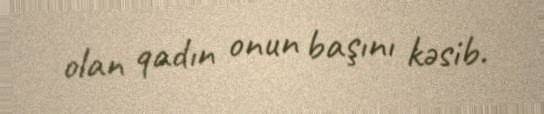
olan qadın onun başını kəsib.